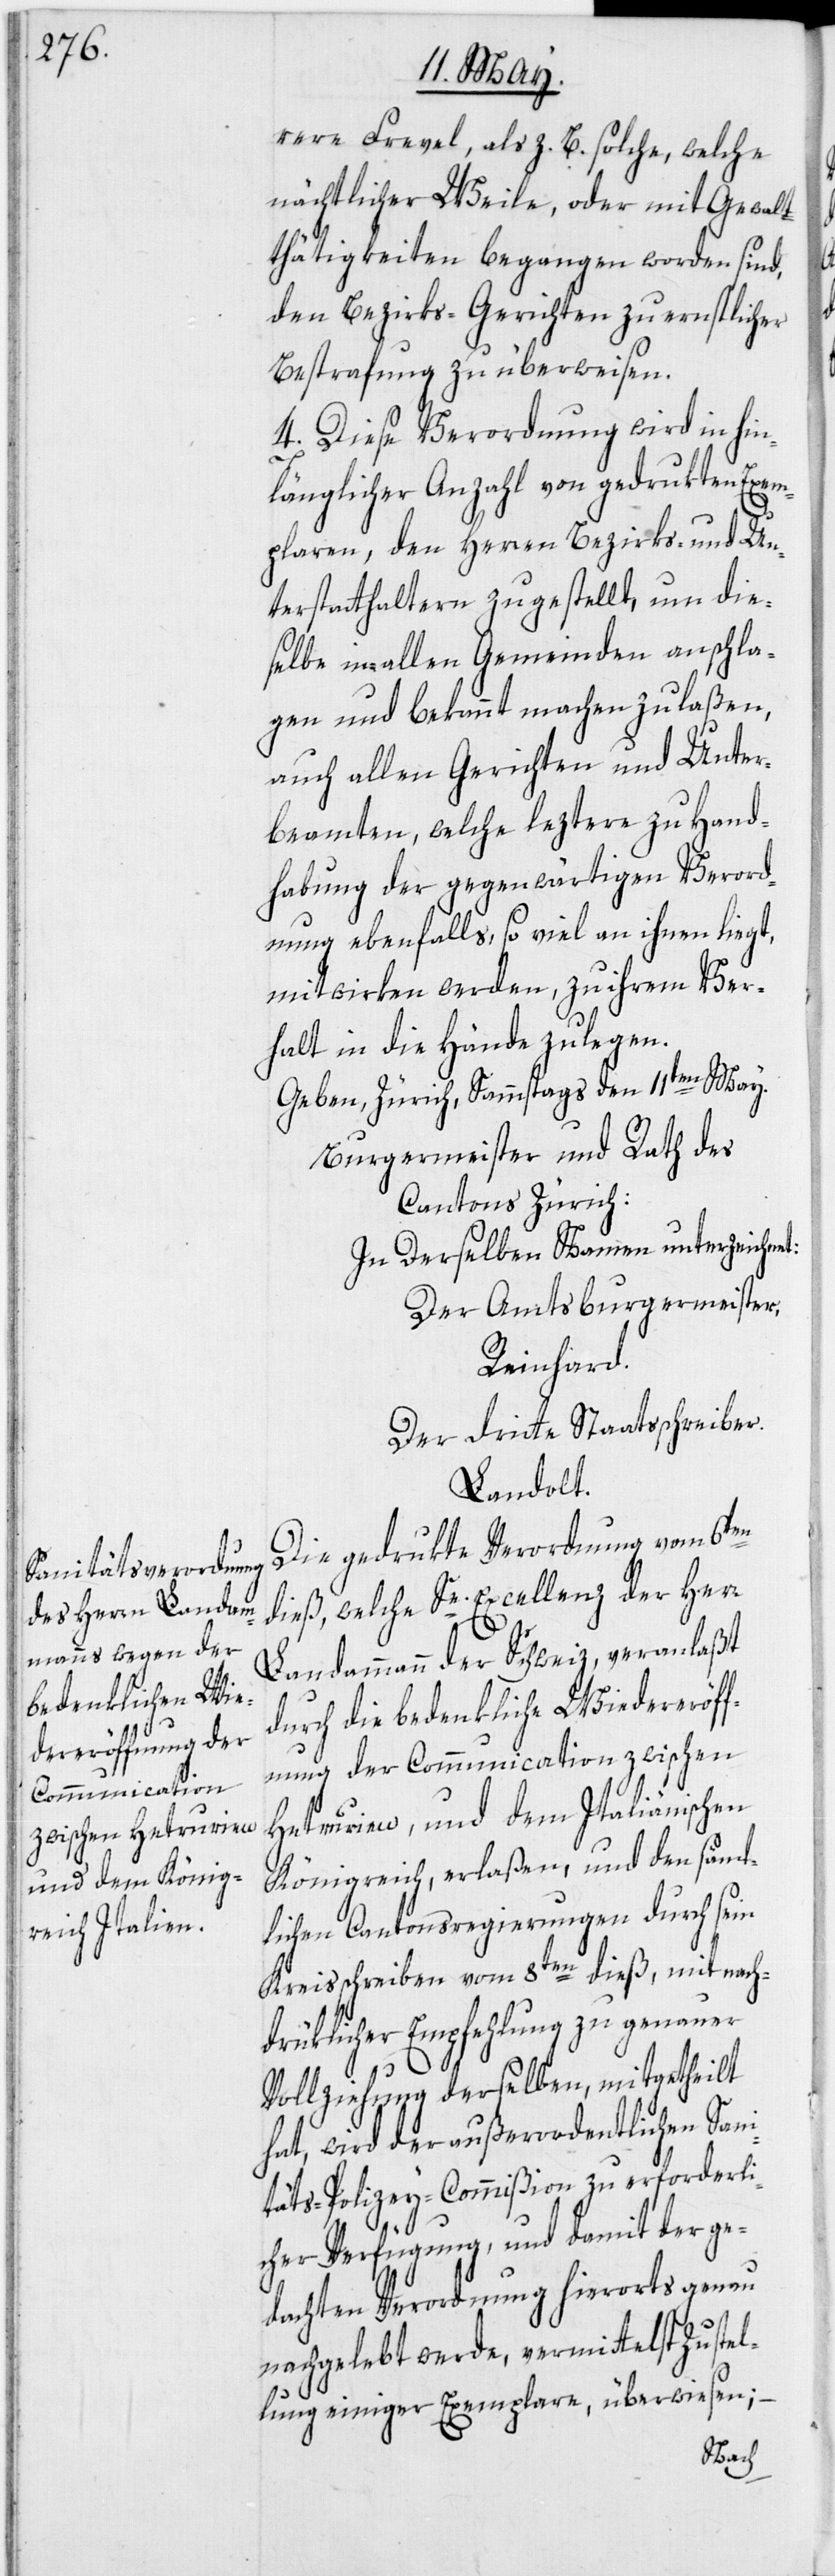
rere Frevel, als z. B. solche, welche
nächtlicher Weile, oder mit Gewalt¬
thätigkeiten begangen worden sind,
den Bezirks-Gerichten zu ernstlicher
Bestrafung zu überweisen.
4. Diese Verordnung wird in hin¬
länglicher Anzahl von gedrukten Exem¬
plaren, den Herren Bezirks- und Un¬
terstatthaltern zugestellt, um die¬
selbe in allen Gemeinden anschla¬
gen und bekannt machen zu laßen,
auch allen Gerichten und Unter¬
beamten, welche leztere zu Hand¬
habung der gegenwärtigen Verord¬
nung ebenfalls, so viel an ihnen liegt,
mitwirken werden, zu ihrem Ver¬
halt in die Hände zu legen.
Geben, Zürich, Sammstags den 11ten May.
Burgermeister und Rath des
Cantons Zürich:
In Derselben Namen unterzeichnet:
Der Amtsburgermeister,
Reinhard.
Der dritte Staatsschreiber.
Landolt.
Die gedrukte Verordnung vom 6ten
dieß, welche Se. Excellenz der Herr
Landammann der Schweiz, veranlaßt
durch die bedenkliche Wiedereröf¬
fnung der Communication zwischen
Hetrurien, und dem Italiänischen
Königreich, erlaßen, und den sämt¬
lichen Cantonsregierungen durch sein
Kreisschreiben vom 8ten dieß, mit nach¬
drüklicher Empfehlung zu genauer
Vollziehung derselben, mitgetheilt
hat, wird der außerordentlichen Sani¬
täts-Polizey-Commißion zu erforderli¬
cher Verfügung, und damit der ge¬
dachten Verordnung hierorts genau
nachgelebt werde, vermittelst Zustel¬
lung einiger Exemplare, überwiesen; –